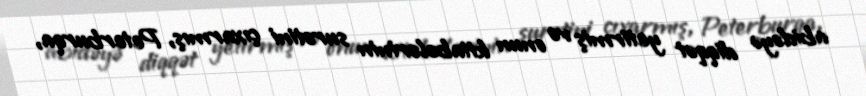
abidəyə diqqət yetirmiş və onun kitabələrinin surətini çıxarmış, Peterburqa,